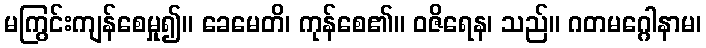
မကြွင်းကျန်စေမှု၍။ ခေမေတိ၊ ကုန်စေ၏။ ဝဇိရေန၊ သည်။ ဂတမဂ္ဂေါနာမ၊